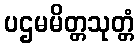
ပဌမမိတ္တသုတ္တံ